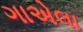
ગાએલા